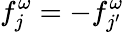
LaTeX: f_{j}^{\omega}=-f_{j{'}}^{\omega}